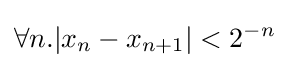
\forall n.|x_{n}-x_{n+1}|<2^{-n}